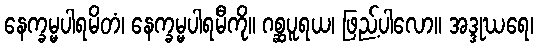
နေက္ခမ္မပါရမိတံ၊ နေက္ခမ္မပါရမီကို။ ဂစ္ဆပူရယ၊ ဖြည့်ပါလော။ အဒ္ဒုဃရေ၊